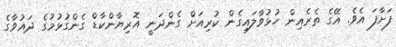
ފަށާފަ އެވެ. އޭގެ ތެރެއިން ހުޅުވާލައިގެން ކުރިއަށް ގެންދަނީ އޮރިޔާންކާޑް ގެންގުޅުމުގެ ދައުވާގެ